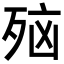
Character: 𪵂